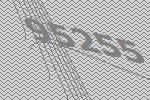
95255